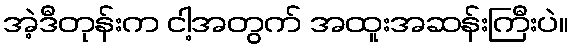
အဲ့ဒီတုန်းက ငါ့အတွက် အထူးအဆန်းကြီးပဲ။